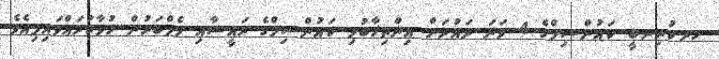
ހދ.ކުރިނބީ ކައުންސިލްގެ 4 ވަނަ ދައުރަށް އިންތިޚާބުވި ކައުންސިލްގެ ރައީސާއި މެމްބަރުން ހުވާކުރައްވައިފިއެވެ.